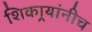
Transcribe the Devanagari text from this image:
शिकार्‍यांनीच